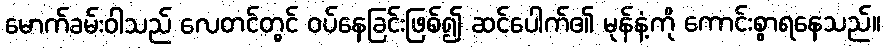
မောက်ခမ်းဝါသည် လေတင်တွင် ဝပ်နေခြင်းဖြစ်၍ ဆင်ပေါက်၏ မုန်နံ့ကို ကောင်းစွာရနေသည်။